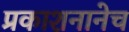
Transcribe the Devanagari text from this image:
प्रकाशनानेच